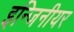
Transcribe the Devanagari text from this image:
इन्जिनीयर